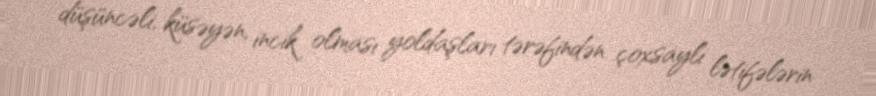
düşüncəli, küsəyən, incik olması yoldaşları tərəfindən çoxsaylı lətifələrin